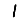
Digit: 1